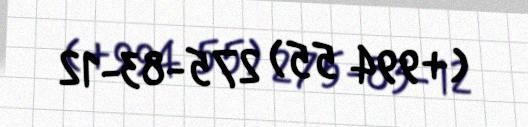
(+994 55) 275-83-12